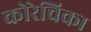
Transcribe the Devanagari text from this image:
कोरेचिका